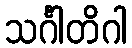
သင်္ဂါတိဂါ